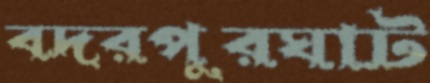
বদরপুরঘাট